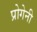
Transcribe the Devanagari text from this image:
प्रोगेनी